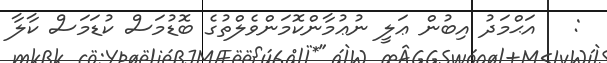
:   އަޙްމަދު އިބުން ޢަލީ ނުޢުމާންކޮމަންވެލްތުގެ ބޮޑުމަސް ކުޑަމަސް ކާލާ